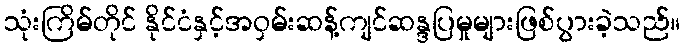
သုံးကြိမ်တိုင် နိုင်ငံနှင့်အဝှမ်းဆန့်ကျင်ဆန္ဒပြမှုများဖြစ်ပွားခဲ့သည်။